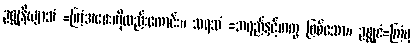
ဥစ္ဆုနိယျာသံ =ကြံအစေးကိုလည်းကောင်း။ သရသံ =အရည်နှင့်တကွ ဖြစ်သော။ ဥစ္ဆုဇံ=ကြံမှ